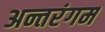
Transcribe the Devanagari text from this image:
अन्तरंगम